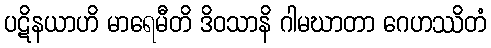
ပဋိနယာဟိ မာရေမီတိ ဒိဝသာနိ ဂါမဃာတာ ဂေဟဿိတံ